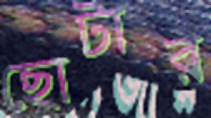
ছোটার